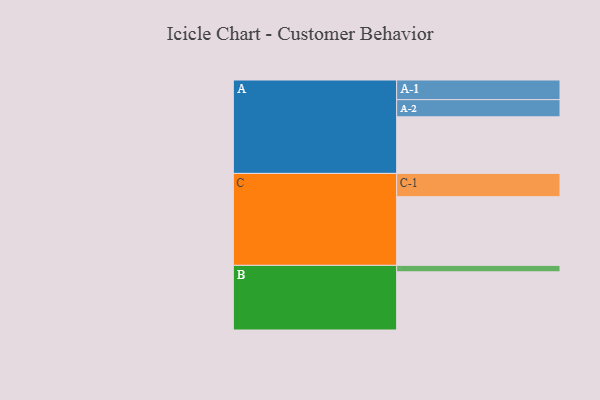
{"axis": {"x": "Segment", "y": "Value"}, "legend": ["", "A", "B", "C"], "data": [{"x": "A", "y": 464, "type": ""}, {"x": "B", "y": 477, "type": ""}, {"x": "C", "y": 563, "type": ""}, {"x": "A-1", "y": 161, "type": "A"}, {"x": "A-2", "y": 141, "type": "A"}, {"x": "B-1", "y": 53, "type": "B"}, {"x": "C-1", "y": 191, "type": "C"}]}